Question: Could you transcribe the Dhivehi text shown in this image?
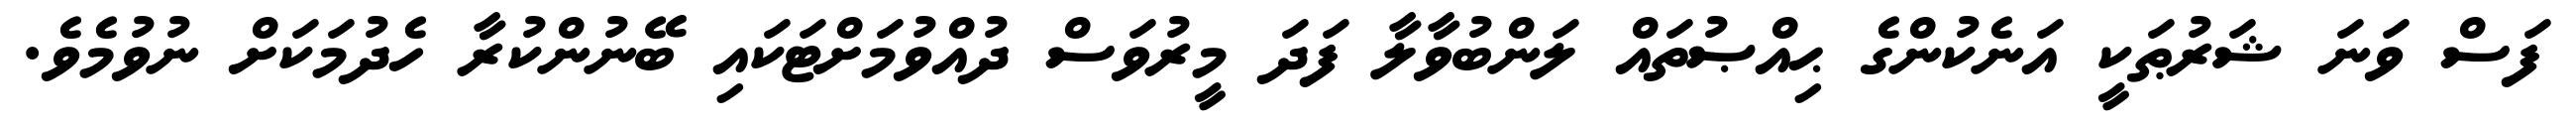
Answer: ފަސް ވަނަ ޝަރުޠަކީ އަނެކުންގެ ޙިއްޞުތައް ލަންބުވާލާ ފަދަ މީރުވަސް ދުއްވުމަށްޓަކައި ބޭނުންކުރާ ހެދުމަކަށް ނުވުމެވެ.